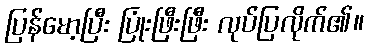
ပြန်မော့ပြီး ပြုံးဖြီးဖြီး လုပ်ပြလိုက်၏။